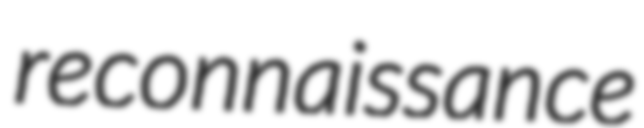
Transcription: reconnaissance